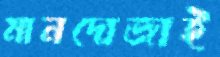
মানদোজাই